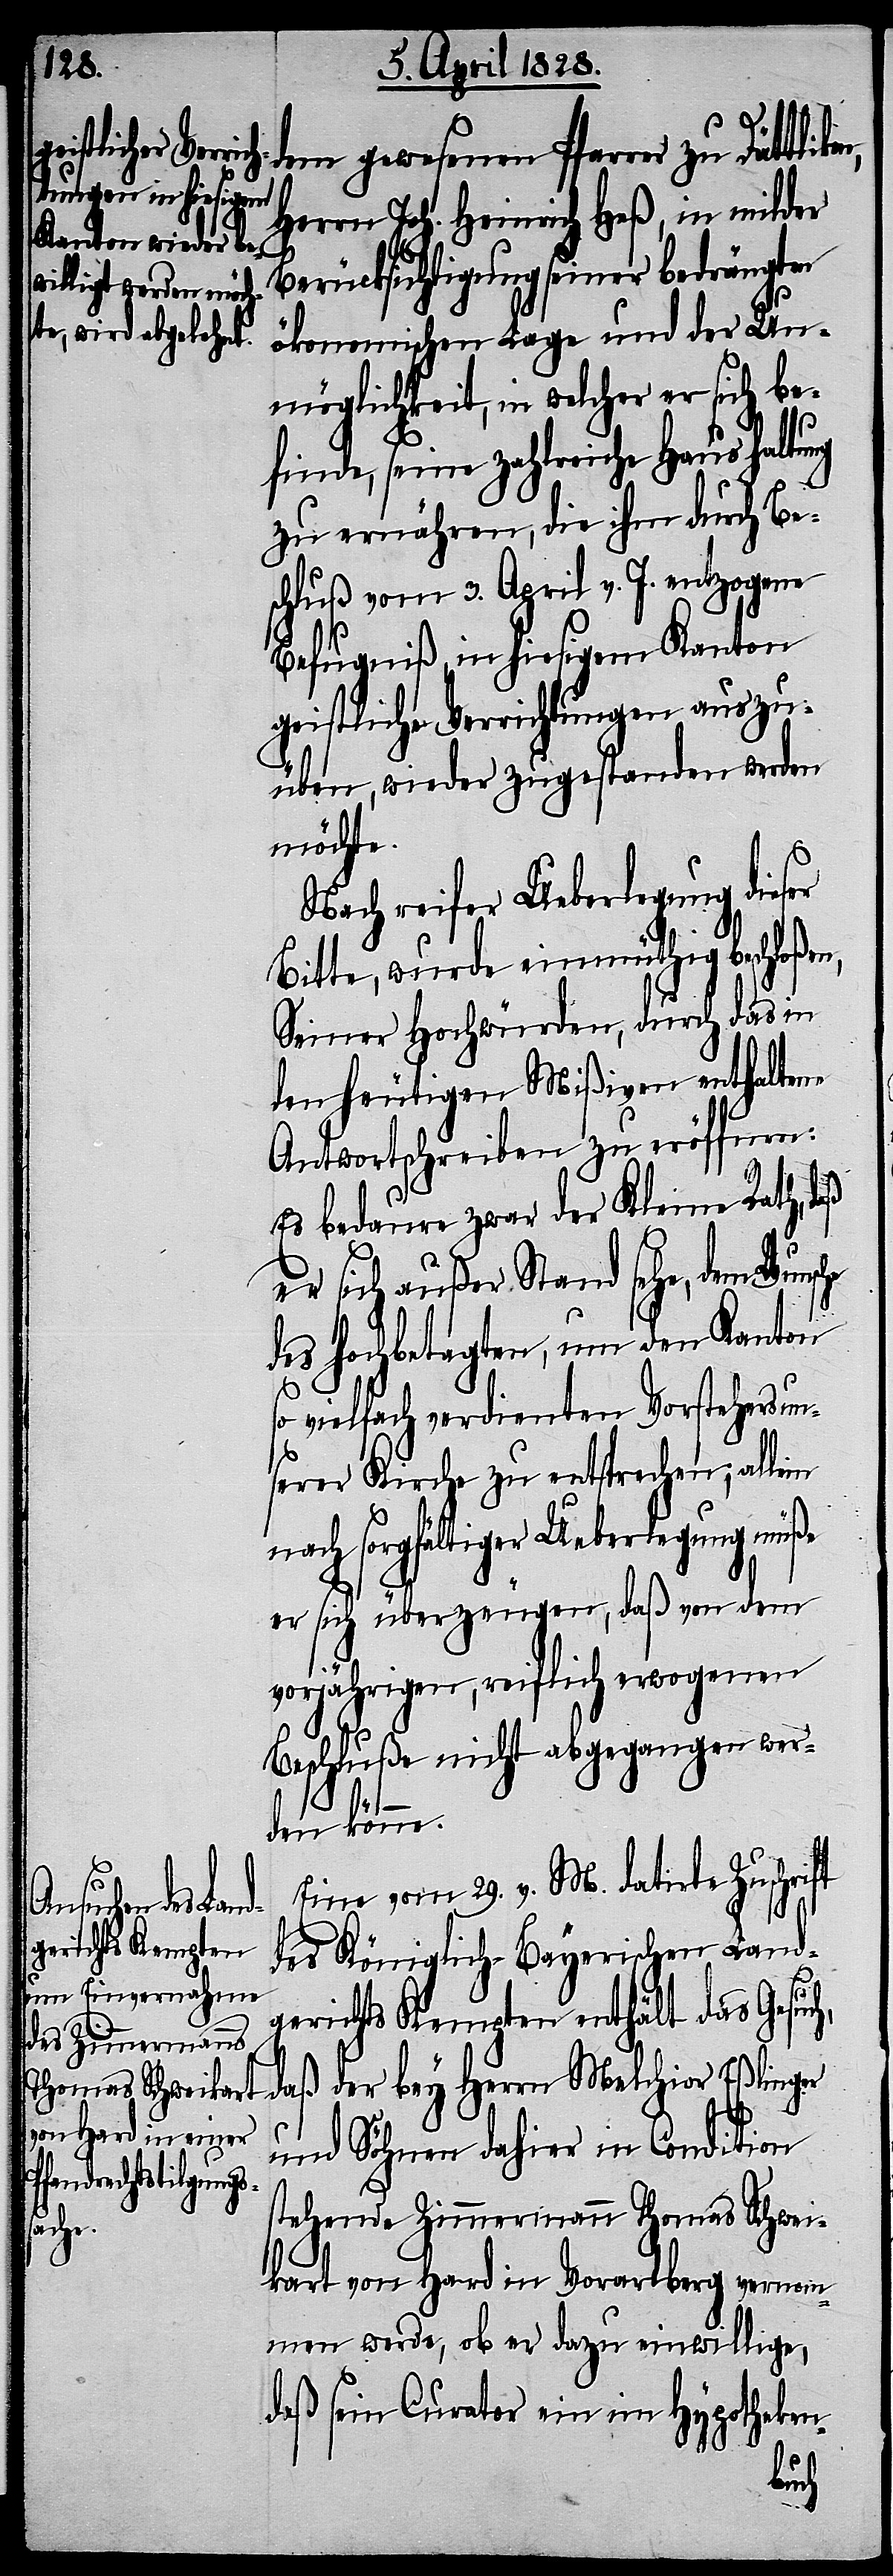
dem gewesenen Pfarrer zu Dättli¬
Herrn Joh. Heinrich Heß, in milder
Berücksichtigung seiner bedrängten
ökonomischen Lage und der Un¬
möglichkeit, in welcher er sich be¬
finde, seine zahlreiche Haushaltung
zu ernähren, die ihm durch Be¬
schluß vom 3. April v. J. en¬
Befugniß, in hiesigem Kanton
geistliche Verrichtungen auszu¬
üben, wieder zugestanden werden
möchte.
Nach reifer Ueberlegung dieser
Bitte, wurde einmüthig beschloßen,
Seiner Hochwürden, durch das in
den heutigen Mißiven enthaltene
Antwortschreiben zu eröffnen:
Es bedaure zwar der Kleine Rath, daß
er sich außer Stand sehe, dem Wun¬
des hochbetagten, um den Kanton
so vielfach verdienten Vorstehers un¬
serer Kirche zu entsprechen; allein
nach sorgfältiger Ueberlegung müße
er sich überzeugen, daß von dem
vorjährigen, reiflich erwogenen
Beschluße nicht abgegangen wer¬
den könne.
Eine vom 29. v. M. datirte Zuschrift
tzogene
des Königlich-Bayerischen Land¬
gerichts Kempten enthält das Gesuch,
daß der bey Herrn Melchior Eßlinger
und Söhnen dahier in Condition
stehende Zimmermann Thomas Schwei¬
sche
kart von Hard in Vorarlberg vernom¬
men werde, ob er dazu einwillige,
daß sein Curator ein im Hypotheken-
kon,